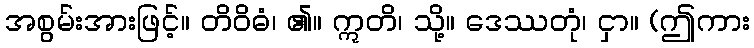
အစွမ်းအားဖြင့်။ တိဝိဓံ၊ ၏။ ဣတိ၊ သို့။ ဒေဿတုံ၊ ငှာ။ (ဤကား